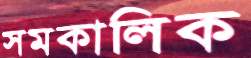
সমকালিক